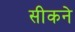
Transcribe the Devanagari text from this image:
सीकने